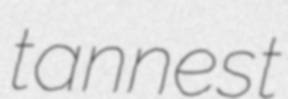
tannest